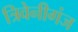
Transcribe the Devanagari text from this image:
त्रिवेनीगंज